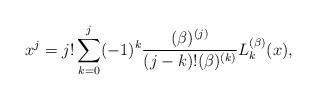
LaTeX: \begin{align*}x^{j}\allowbreak =\allowbreak j!\sum_{k=0}^{j}(-1)^{k}\frac{(\beta )^{(j)}}{(j-k)!(\beta )^{(k)}}L_{k}^{(\beta )}(x), \end{align*}